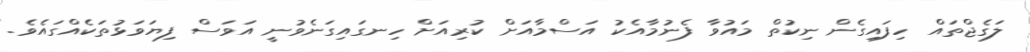
ލަގެޖްތައް ހިފައިގެން ނިކުތް މައުވާ ފެނުމާއެކު އަސްމާއަށް ކުރިއަށް ހިނގައިގަނެވުނީ އަވަސް ފިޔަވަޅުތަކެއްގައެވެ.